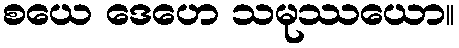
စယေ ဒေဟေ သမုဿယော။